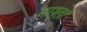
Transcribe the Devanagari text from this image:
नाश्तों